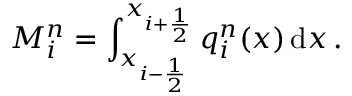
M _ { i } ^ { n } = \int _ { x _ { i - \frac { 1 } { 2 } } } ^ { x _ { i + \frac { 1 } { 2 } } } q _ { i } ^ { n } ( x ) \, \mathrm { d } x \, .